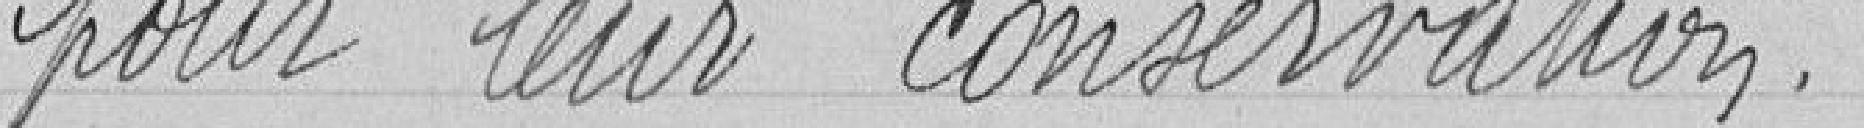
pour les conserver.